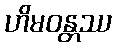
ဟိမဝန္တဿ